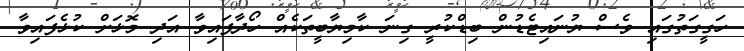
ހަގީގަތުގައި ވެސް ޔުނައިޓެޑުން ބިޑްކުރީ ގިނަ ކާމިޔާބީތަކެއް ހޯދާފައިވާ އަދި މޮޅަށް ކުޅެފައިވާ